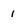
Character: 1